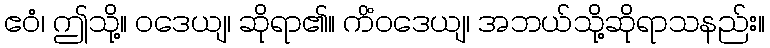
ဧဝံ၊ ဤသို့။ ဝဒေယျ၊ ဆိုရာ၏။ ကိံဝဒေယျ၊ အဘယ်သို့ဆိုရာသနည်း။